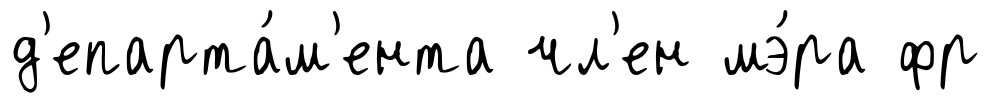
д'епарта́м'ента чл'ен мэ́ра фр